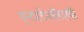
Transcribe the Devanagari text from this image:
एन्टरटेनमेंटतर्फे